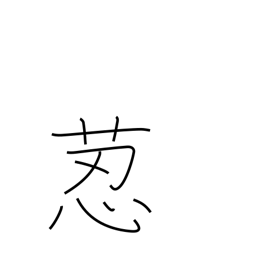
Meaning: hare's foot fern